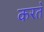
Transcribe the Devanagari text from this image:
करत॓